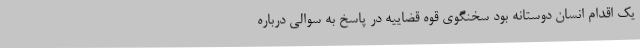
یک اقدام انسان دوستانه بود سخنگوی قوه قضاییه در پاسخ به سوالی درباره